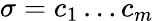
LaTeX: \sigma=c_{1}\ldots c_{m}